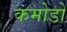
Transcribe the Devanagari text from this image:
कमोडो